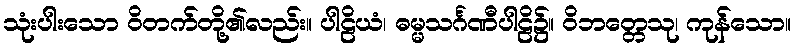
သုံးပါးသော ဝိတက်တို့၏လည်း။ ပါဠိယံ၊ ဓမ္မသင်္ဂဏီပါဠိ၌။ ဝိဘတ္တေသု၊ ကုန်သော။